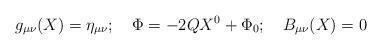
LaTeX: \begin{align*}g_{\mu\nu}(X)=\eta_{\mu\nu};\quad \Phi=-2QX^0+\Phi_0;\quad B_{\mu\nu}(X)=0\end{align*}